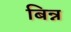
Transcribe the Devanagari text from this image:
बिन्न